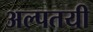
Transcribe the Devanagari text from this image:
अल्पतयी